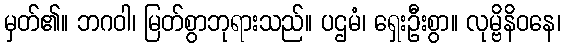
မှတ်၏။ ဘဂဝါ၊ မြတ်စွာဘုရားသည်။ ပဌမံ၊ ရှေးဦးစွာ။ လုမ္ဗိနိဝနေ၊